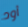
أود